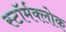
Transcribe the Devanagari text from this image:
स्टॉर्मक्लोक